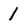
Character: 1